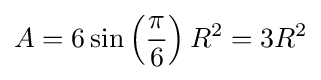
A=6\sin \left({\frac {\pi }{6}}\right)R^{2}=3R^{2}